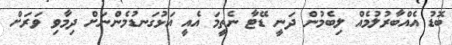
ބޮޑު އެއްބާރުލުމެއް ލިބެމުން ދަނީ ޑޭޓާ ނެތީމަ އެއީ އަޅުގަނޑުމެންނަށް ދިމާވި ވަރަށް